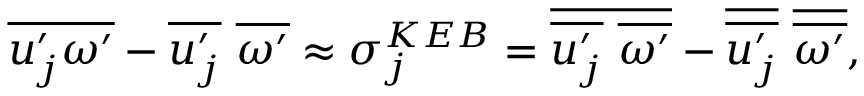
\overline { { u _ { j } ^ { \prime } \omega ^ { \prime } } } - \overline { { u _ { j } ^ { \prime } } } ~ \overline { { \omega ^ { \prime } } } \approx \sigma _ { j } ^ { K E B } = \overline { { \overline { { u _ { j } ^ { \prime } } } ~ \overline { { \omega ^ { \prime } } } } } - \overline { { \overline { { u _ { j } ^ { \prime } } } } } ~ \overline { { \overline { { \omega ^ { \prime } } } } } ,